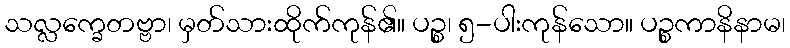
သလ္လက္ခေတဗ္ဗာ၊ မှတ်သားထိုက်ကုန်၏။ ပဉ္စ၊ ၅-ပါးကုန်သော။ ပဉ္စကာနိနာမ၊